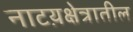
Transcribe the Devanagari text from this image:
नाटय़क्षेत्रातील